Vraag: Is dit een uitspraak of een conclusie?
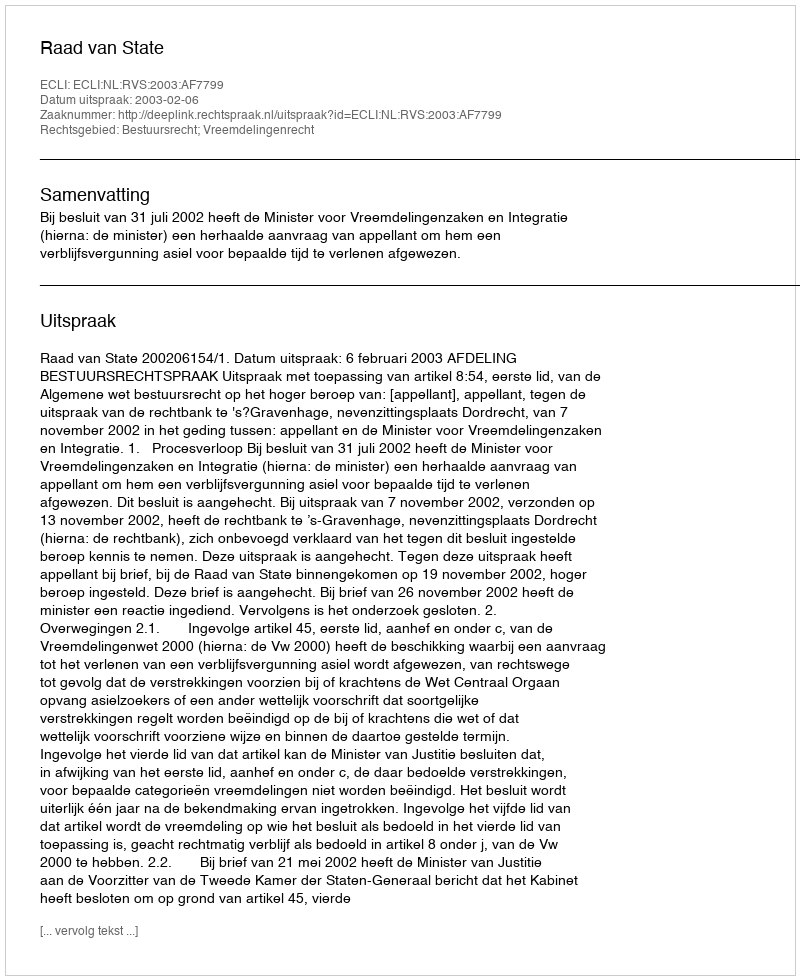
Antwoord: Uitspraak